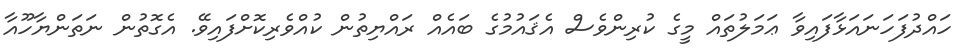
ހައްދުފަހަނައަޅާފައިވާ ޢަމަލުތައް މީގެ ކުރިންވެސް އެޤައުމުގެ ބައެއް ރައްޔިތުން ކުއްވެރިކޮށްފައިވޭ. އެގޮތުން ނަތަންޔާހޫއާ